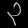
Digit: ၃